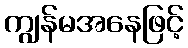
ကျွန်မအနေဖြင့်